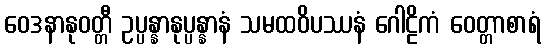
ဝေဒနာနုဝတ္တီ ဥပ္ပန္နာနုပ္ပန္နာနံ သမထဝိပဿနံ ဂေါဠိကံ ဝေတ္တာစာရံ